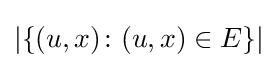
|\{(u,x)\colon (u,x)\in E\}|